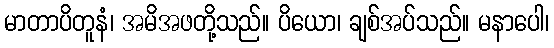
မာတာပိတူနံ၊ အမိအဖတို့သည်။ ပိယော၊ ချစ်အပ်သည်။ မနာပေါ၊